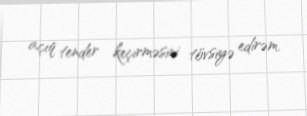
açıq tender keçirməsini tövsiyə edirəm.